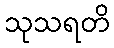
သုသရတိ